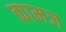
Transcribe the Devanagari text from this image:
कामज